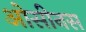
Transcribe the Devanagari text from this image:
ओसीनस